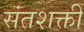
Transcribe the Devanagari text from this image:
संतशक्ती